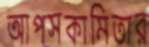
আপসকামিতার